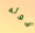
قوله